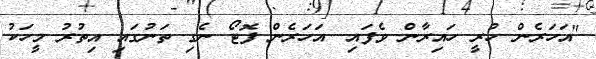
"އަހަރެން ހުރީ ހައިރާން ވެފައި. އަހަރެން ފޮޓޯ ނެގި ތަނުގައި އިތުރު މީހަކު